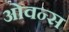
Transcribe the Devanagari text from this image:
ओवन्स